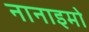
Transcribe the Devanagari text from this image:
नानाइमो